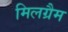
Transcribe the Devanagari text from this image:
मिलग्रैम